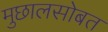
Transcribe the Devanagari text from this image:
मुछालसोबत